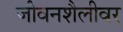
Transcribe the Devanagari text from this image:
जीवनशैलीवर